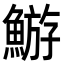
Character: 𩹊